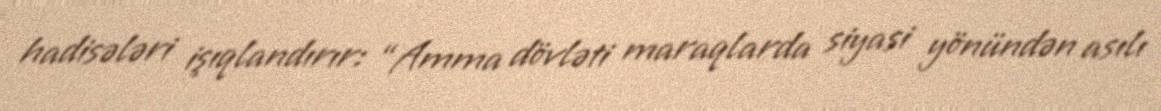
hadisələri işıqlandırır: “Amma dövləti maraqlarda siyasi yönündən asılı